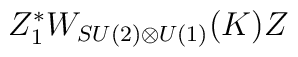
Z_1^* W_{SU(2)\otimes U(1)}(K) Z